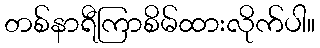
တစ်နာရီကြာစိမ်ထားလိုက်ပါ။